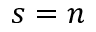
s = n